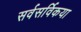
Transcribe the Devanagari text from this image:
सर्वसर्विकया